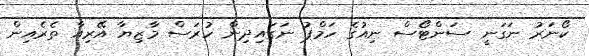
ކޯނަރު ނަގަނީ ސަންޓޯސް ނިއުގެ ހަމްޕު ނަގައިދިން ހުރަސް މާޒިޔާ އޭރިއާ ތެރެއިން